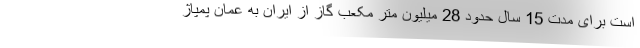
است برای مدت 15 سال حدود 28 میلیون متر مکعب گاز از ایران به عمان پمپاژ